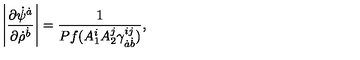
\left| { \frac { \partial \dot { \psi } ^ { \dot { a } } } { \partial \dot { \rho } ^ { \dot { b } } } } \right| = { \frac { 1 } { P f ( A _ { 1 } ^ { i } A _ { 2 } ^ { j } \gamma _ { \dot { a } \dot { b } } ^ { i j } ) } } ,